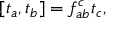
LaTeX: [ t _ { a } , t _ { b } ] = f _ { a b } ^ { c } t _ { c } ,